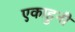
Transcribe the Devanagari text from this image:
एकाहुनी